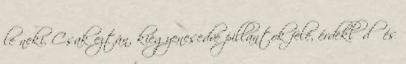
le neki. Csak eztán, kiegyenesedve pillantok felé, érdeklődő és